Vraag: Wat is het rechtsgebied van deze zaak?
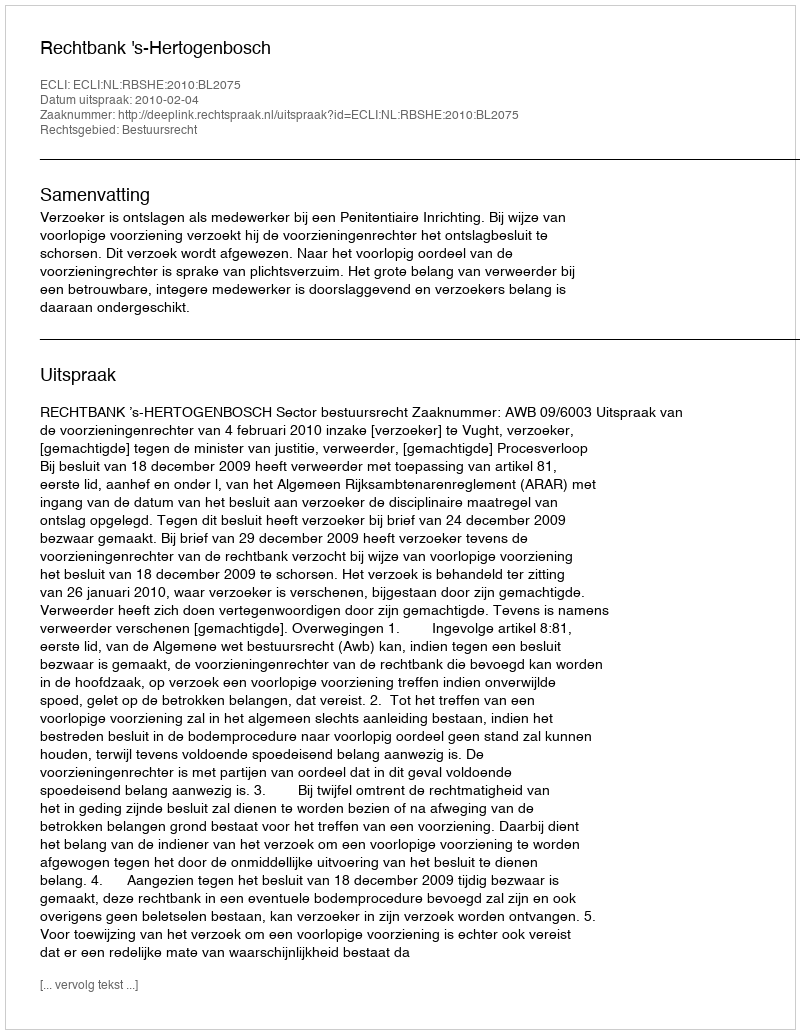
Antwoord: Bestuursrecht